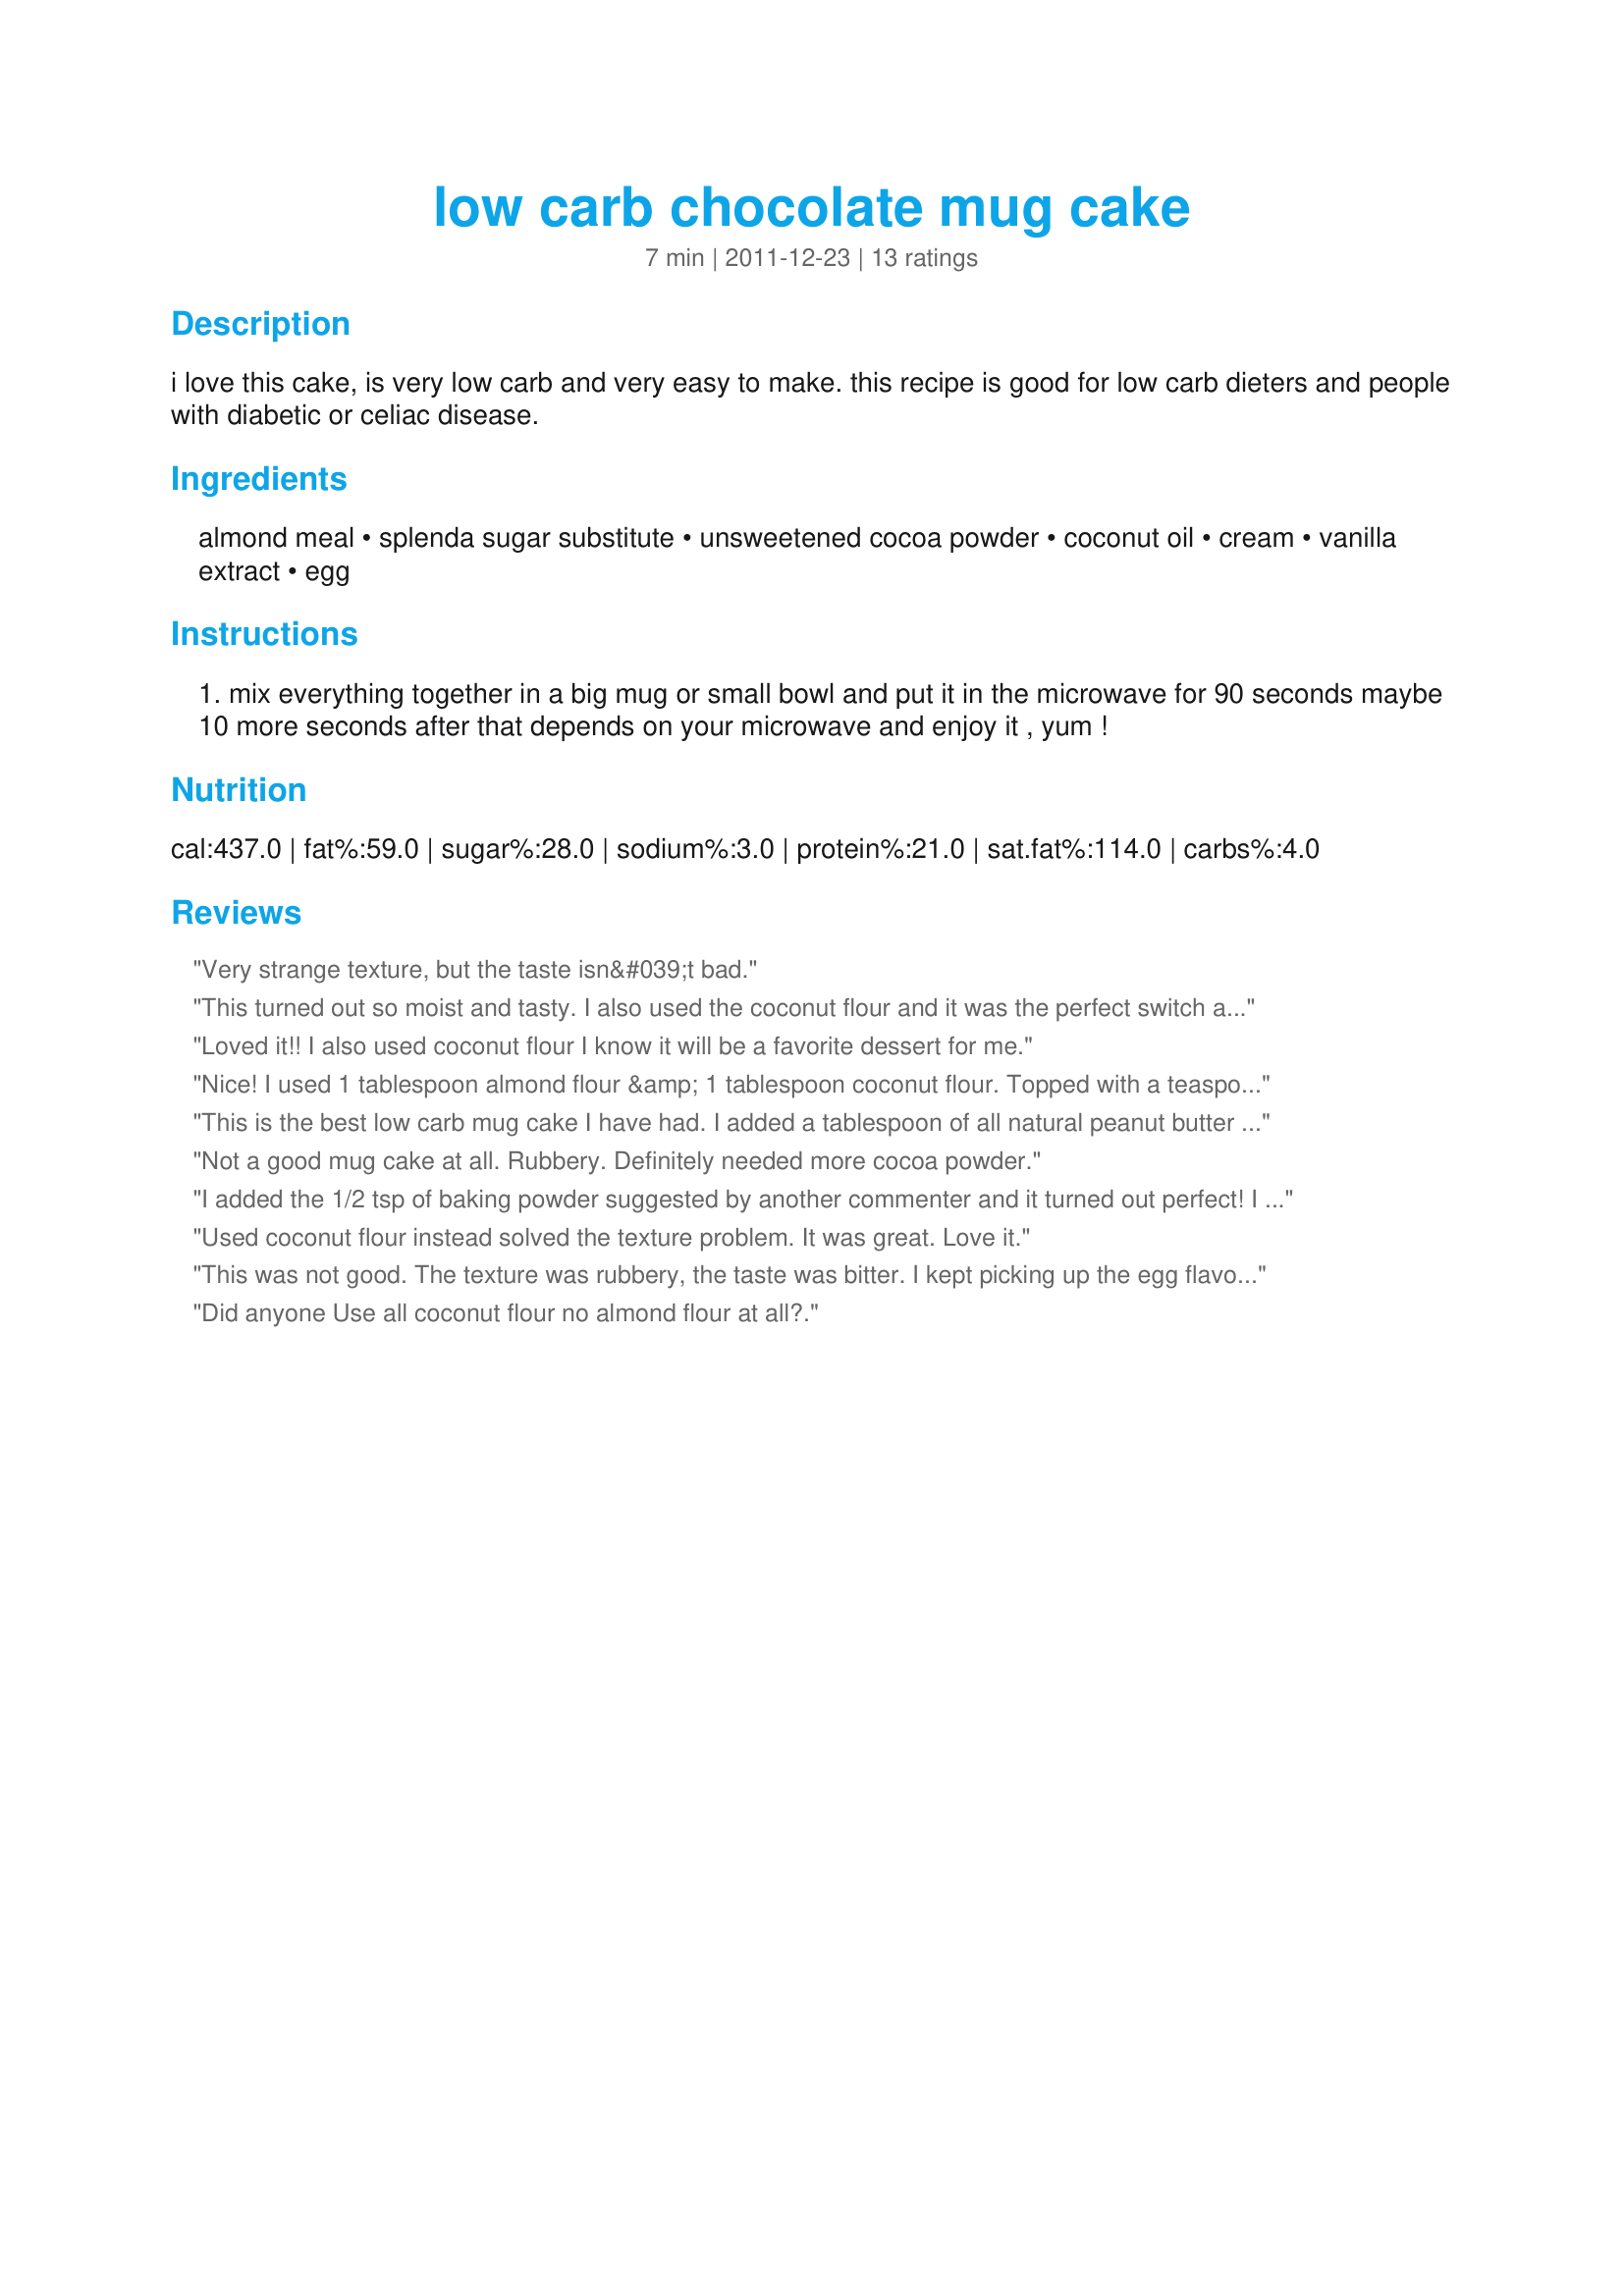
low carb chocolate mug cake
Preparation time: 7 minutes

i love this cake, is very low carb and very easy to make. this recipe is good for low carb dieters and people with diabetic or celiac disease.

Ingredients:
almond meal, splenda sugar substitute, unsweetened cocoa powder, coconut oil, cream, vanilla extract, egg

Steps:
mix everything together in a big mug or small bowl and put it in the microwave for 90 seconds maybe 10 more seconds after that depends on your microwave and enjoy it , yum !

Reviews:
Very strange texture, but the taste isn&#039;t bad.
This turned out so moist and tasty. I also used the coconut flour and it was the perfect switch along with a dollop of natural peanut butter.
Loved it!! I also used coconut flour I know it will be a favorite dessert for me.
Nice! I used 1 tablespoon almond flour &amp; 1 tablespoon coconut flour. Topped with a teaspoon cream. Might add 1 fresh date &amp; a few pecans next :-)
This is the best low carb mug cake I have had. I added a tablespoon of all natural peanut butter and in was so moist.
Not a good mug cake at all. Rubbery. Definitely needed more cocoa powder.
I added the 1/2 tsp of baking powder suggested by another commenter and it turned out perfect! I used almond flour and Pyure stevia sweetener and coconut oil. (Don't use canola oil! Highly processed toxic fake food!) I topped it with some homemade whipped cream as frosting and it was divine- and quick and easy! I tripled the recipe to make three mug cakes for all of us. Even my husband liked it and he is always picky and skeptical of low carb recipes. Thanks!
Used coconut flour instead solved the texture problem. It was great. Love it.
This was not good. The texture was rubbery, the taste was bitter. I kept picking up the egg flavor. I added a scoop of low carb ice cream and it made it tolerable. I MAY try this again and add in peanut butter since this recipe only takes 2 minutes altogether to make.
Did anyone Use all coconut flour no almond flour at all?.
This gets a zero. Followed the directions exactly. Rubbery grossness. Had 4 bites and threw it out. Not eating almost 40 grams of fatty grossness. And I'm not a picky eater, far from it.
Yum! Cooked in a pan like a pancake! Loved it! Yummy with cream, so versatile to suit your own taste, a winner!
I love this. I topped it with sugar free peanut butter. I would like to have the recipe in a regular cake size.
